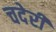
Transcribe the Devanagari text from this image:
चदेरी